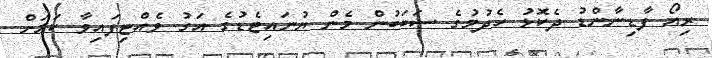
ރިއޯ ފާޑިނާންޑު ދެކޮޅު ހެދުމުގެ ސަބަބުން މެން ޔުނައިޓެޑުގެ އަގު ވެއްޓިފައިވާ ކަމަށް